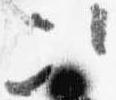
次